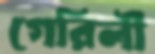
গেরিলী